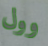
وول